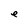
Character: e